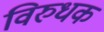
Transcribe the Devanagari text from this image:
विरुधक